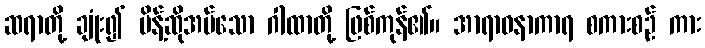
ဆရာတို့ ချုံး၍ မိန့်ဆိုအပ်သော ဂါထာတို့ ဖြစ်ကုန်၏။ အာရာဓနာကာရ စကားစဉ် ကား